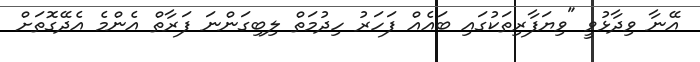
އޭނާ ވިދާޅުވީ "ވިޔަފާރިތަކުގައި ބައެއް ފަހަރު ހިދުމަތް ލިބިގަންނަ ފަރާތް އެންމެ އެދޭގޮތަށް